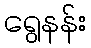
ရွေနန်း